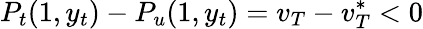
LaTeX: P_{t}(1,y_{t})-P_{u}(1,y_{t})=v_{T}-v_{T}^{*}<0